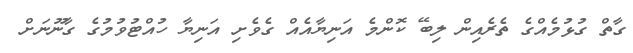
ގާތް ގުޅުމެއްގެ ތެރެއިން ލިބޭ ކޮންމެ އަނިޔާއެއް ގެވެށި އަނިޔާ ހުއްޓުވުމުގެ ގާނޫނަށް